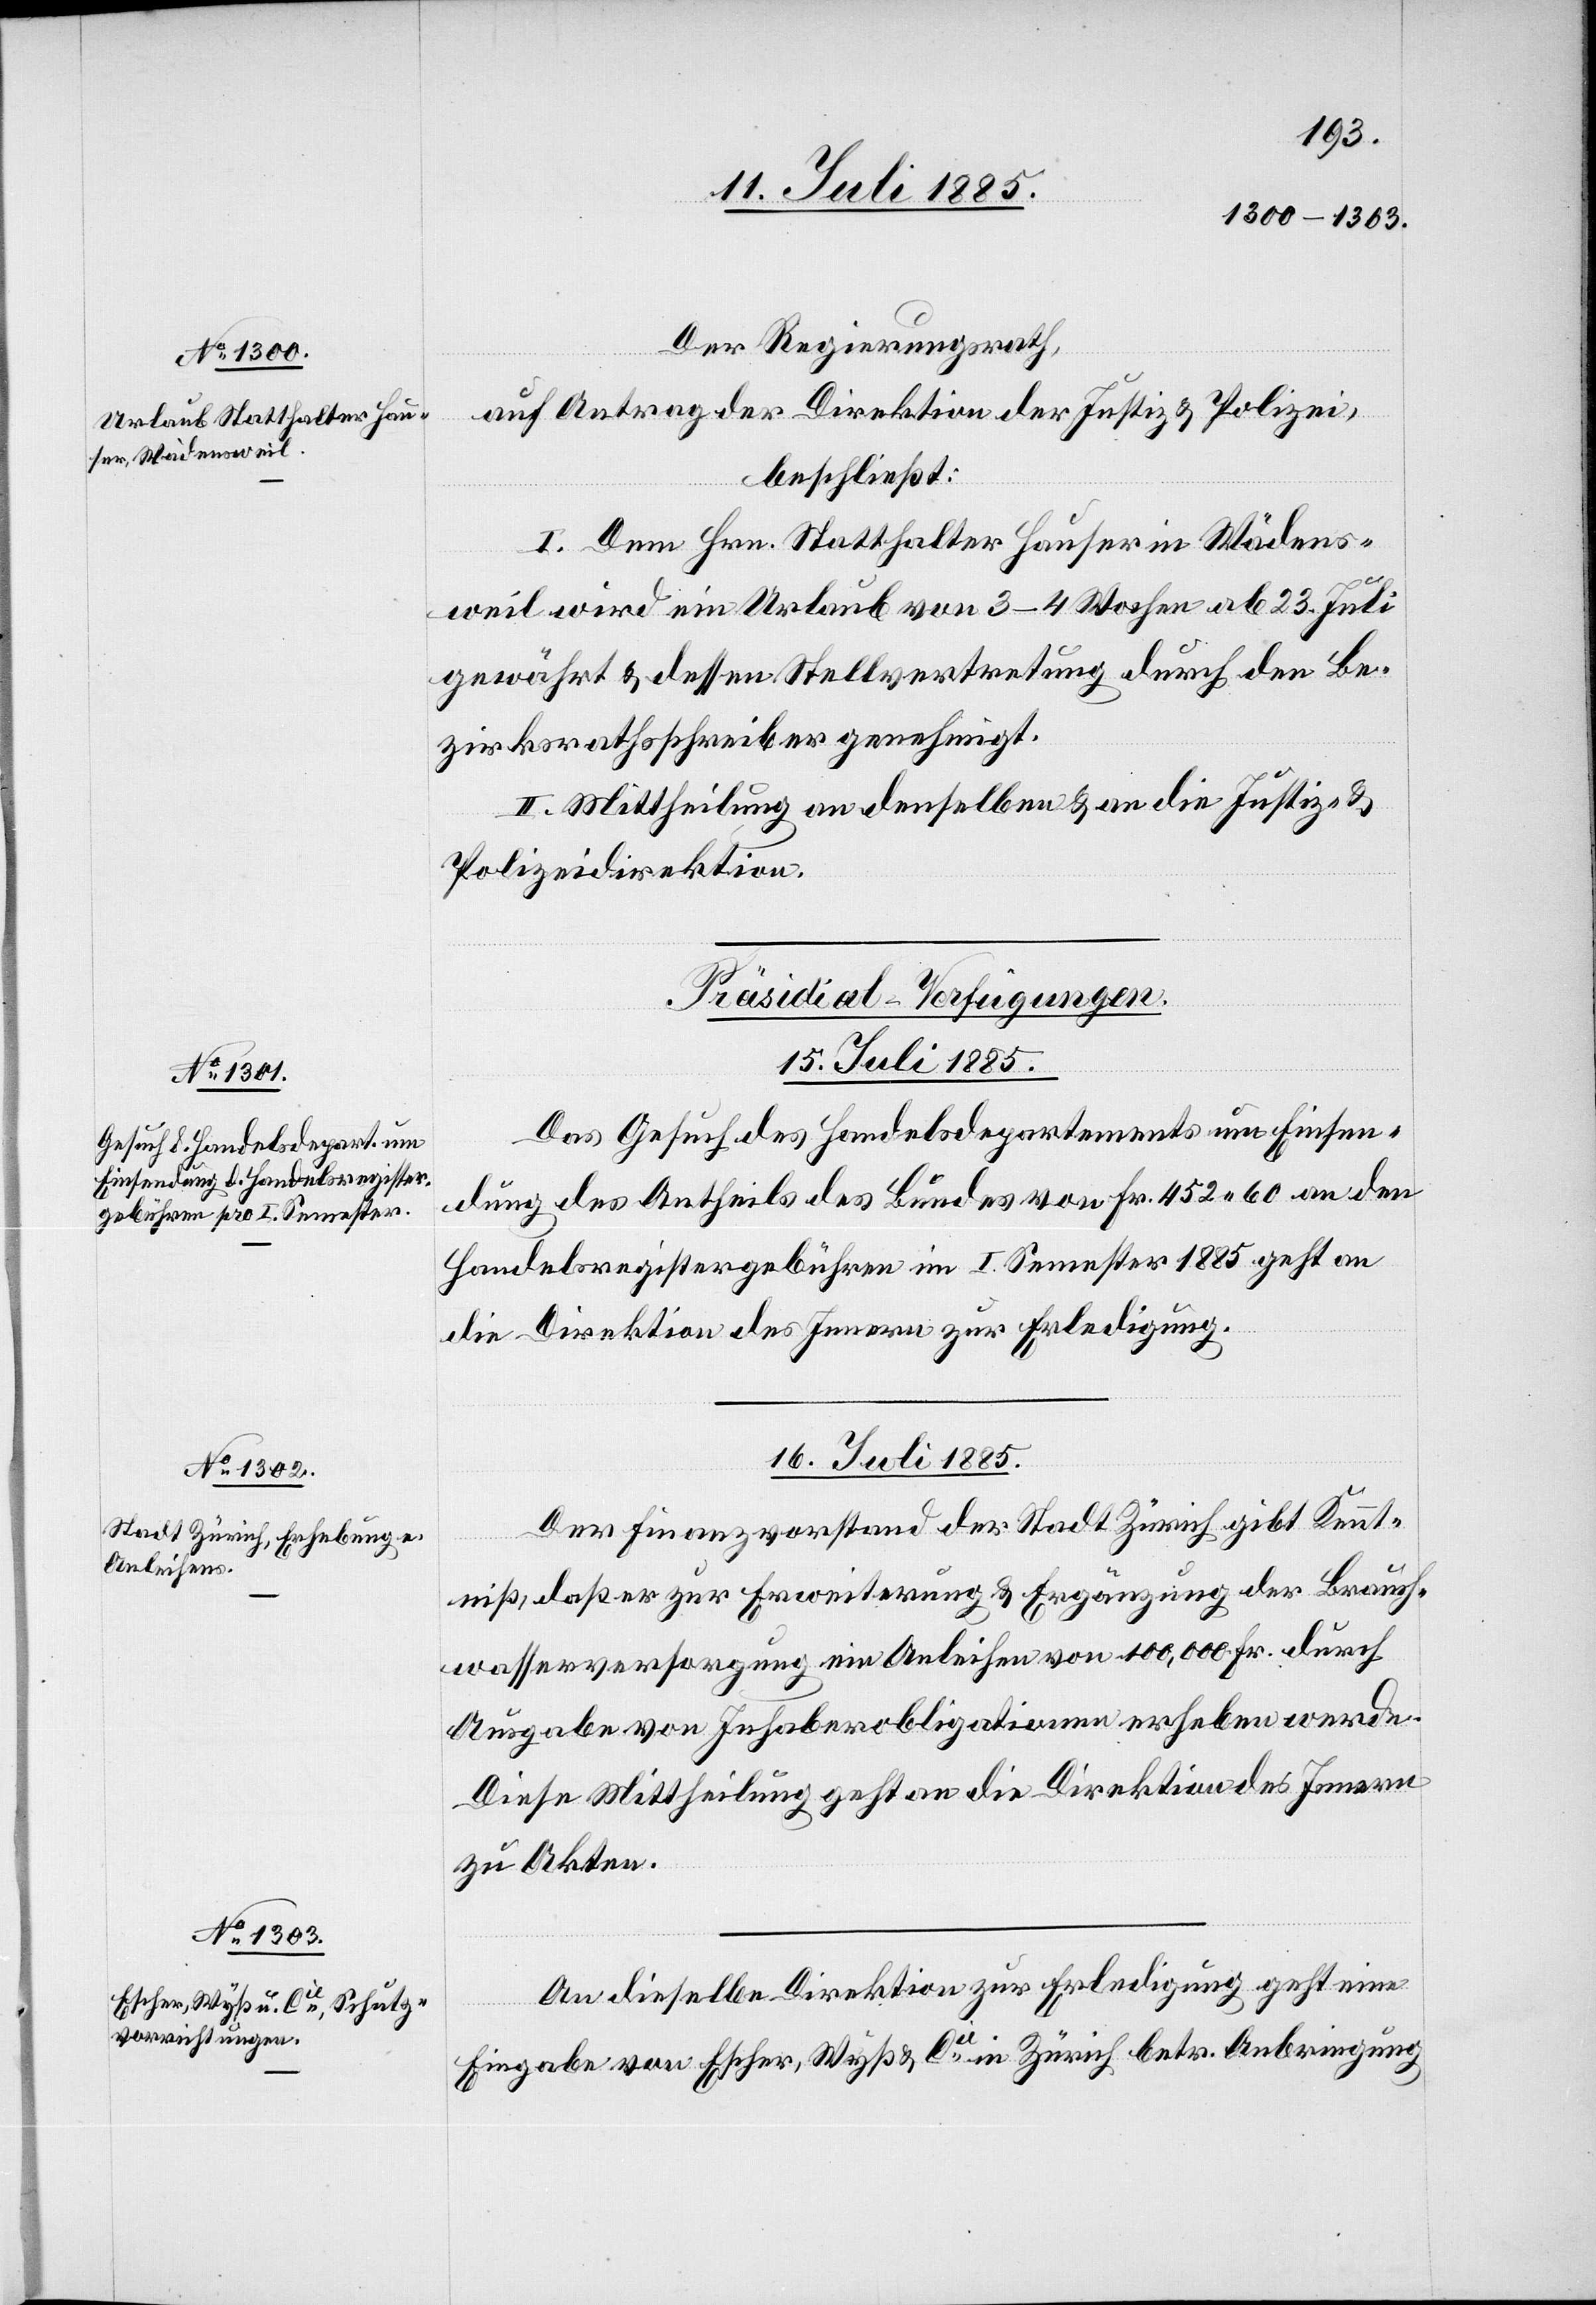
Der Regierungsrath,
auf Antrag der Direktion der Justiz & Polizei,
beschließt:
I. Dem Hrn. Statthalter Hauser in Wädens¬
weil wird ein Urlaub von 3–4 Wochen ab 23. Juli
gewährt & dessen Stellvertretung durch den Be¬
zirksrathsschreiber genehmigt.
II. Mittheilung an denselben & an die Justiz- &
Polizeidirektion.
[Präsidial-Verfügungen.
15. Juli 1885.
Das Gesuch des Handelsdepartements um Einsen¬
dung des Antheils des Bundes von Fr. 452 60 an den
Handelsregistergebühren im I. Semester 1885 geht an
die Direktion des Innern zur Erledigung.
16. Juli 1885.]
Der Finanzvorstand der Stadt Zürich gibt Kennt¬
niß, daß er zur Erweiterung & Ergänzung der Brauch¬
wasserversorgung ein Anlehen von 100,000 Fr. durch
Ausgabe von Inhaberobligationen erheben werde.
Diese Mittheilung geht an die Direktion des Innern
zu Akten.
An dieselbe Direktion zur Erledigung geht eine
Eingabe von Escher, Wyß & Cie in Zürich betr. Anbringung